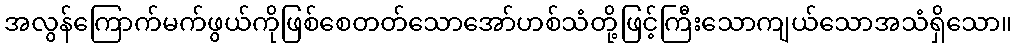
အလွန်ကြောက်မက်ဖွယ်ကိုဖြစ်စေတတ်သောအော်ဟစ်သံတို့ဖြင့်ကြီးသောကျယ်သောအသံရှိသော။